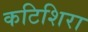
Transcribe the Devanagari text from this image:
कटिशिरा